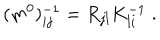
LaTeX: ( m ^ { 0 } ) _ { i j } ^ { - 1 } = R _ { j l } K _ { l i } ^ { - 1 } \; .